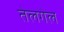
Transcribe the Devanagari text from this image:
तेलगेल